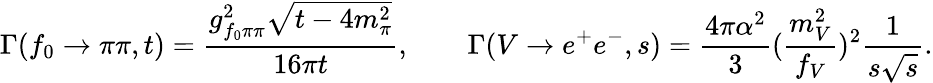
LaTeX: \Gamma(f_{0}\to\pi\pi,t)=\frac{g_{f_{0}\pi\pi}^{2}\sqrt{t-4m_{\pi}^{2}}}{16\pi t},\qquad\Gamma(V\to e^{+}e^{-},s)=\frac{4\pi\alpha^{2}}{3}(\frac{m_{V}^{2}}{f_{V}})^{2}\frac{1}{s\sqrt{s}}.